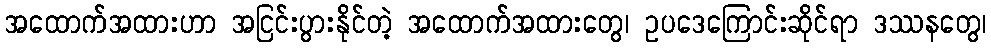
အထောက်အထားဟာ အငြင်းပွားနိုင်တဲ့ အထောက်အထားတွေ၊ ဥပဒေကြောင်းဆိုင်ရာ ဒဿနတွေ၊